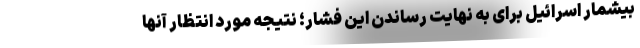
بیشمار اسرائیل برای به نهایت رساندن این فشار؛ نتیجه مورد انتظار آنها